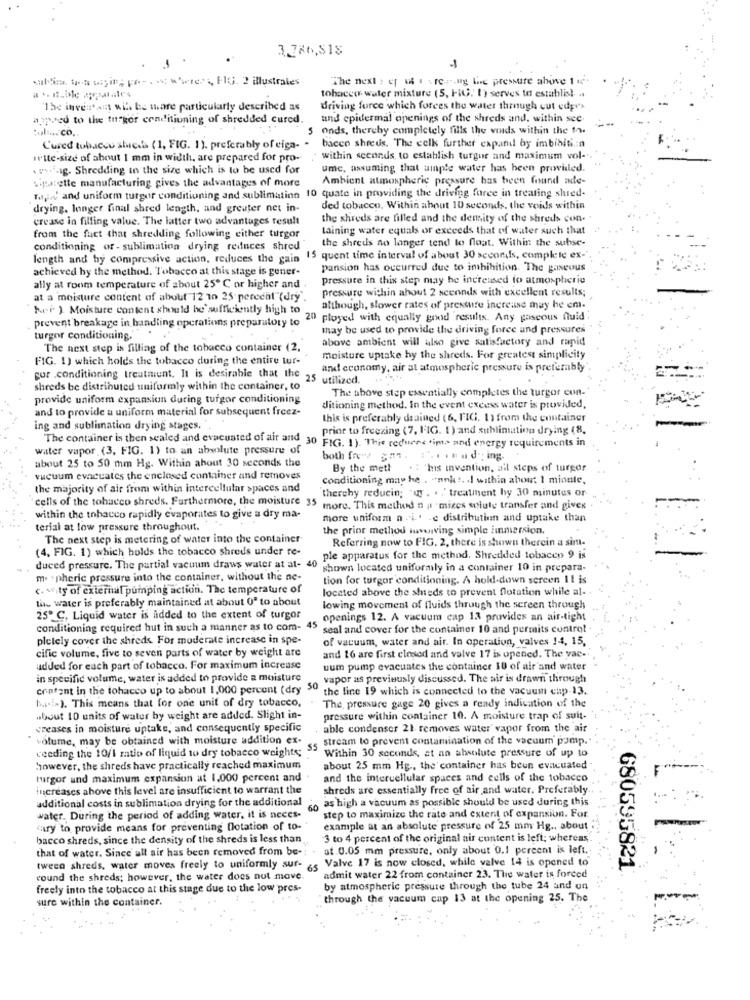
3.786,$1$
1
ultima, boa sayit; pr- .. wwte .., FIG. 2 illustrates
The next : ef uf . . rev.ng Lic pressure above 1 .
tobacco- water mixture (5, FIG. 1) serves to establish .
"The inven'an wil. be ware particularly described as
driving force which forces the water through cut edge's
ajpwed to the tufgor conditioning of shredded cured.
and epidermal openings of the shreds and, within sce
:ul .... co.
5 onds, thereby completely fills the voids within the 12.
Cured tobacco sheets ( 1, FIG. 1). preferably of eiga-
bacco shreds. The eelk further expand by imbibiti .: n
write-size of about 1 mm in width, are prepared for pro-
within seconds, to establish turgor and maximum vol-
. .. i-Ig. Shredding in the size which is to be used for
ume, assuming that sinple water has been provided.
Sipe:ette manufacturing gives the advantages of more
Ambient atmospheric pressure has been found nie-
Majd and uniform turgor conditioning and sublimation 10 quate in providing the driving force in treating shred-
drying. longer final shred length, and greater net in-
ded tobacco, Within about 10 seconds, the voids within
crease in filling value. The latter two advantages result
the shreds are filled and the demity of the shreds con-
taining water equals or exceeds that of water such that
from the fact that shredding following either turgor
the shreds no longer tend to float. Within the subse-
conditioning of - sublimation drying reduces shred
length and hy compressive action, reduces the gain 15 quent time interval of about 30 seconds, complete ex-
achieved by the method. Tobacco at this stage is gener-
pansion has occurred due to imhibition. The gaseous
pressure in this step may be increased to atmospheric
ally at room temperature of about 25 ℃ or higher and .
pressure within about 2 scennds with excellent results;
at a moisture content of about 12 10 25 perechl"(dry".
her ) Moisture content should be sufficiently high to
although, slower rates of pressure increase may be em-
prevent breakage in handling operations preparatory to 20 ployed with equally good results. Any gaseous fluid
..
may be used to provide the driving force and pressures
turgor conditioning.
above ambient will also give satisfactory and rapid
The next step is filling of the tobacco container (2,
FIG. 1) which holds the tobacco during the entire tur-
moisture uptake hy the shreds. For greatest simplicity
and economy, air at atmospheric pressure is preferably
por .conditioning treatment. It is desirable that the 25 utilized.
shreds be distributed uniformly within the container, to
The above step essentially completes the turgor con-'
provide uniform expansion during turgor conditioning
and to provide a uniform material for subsequent freez-
ditioning method. In the event excess water is provided,
this is preferably drained (6, FIG. 1) from the container
ing and sublimation drying stages ..
prior to freezing (7, FIG. 1) and sublimation drying (8,
The container is then sealed and evacuated of air and 30
water vapor (3, FIG. 1) to an absolute pressure of
30 FIG. 1). Thie reduces .im.> and energy requirements in
about 25 to 50 mm Hg. Within about 30 seconds the
both frev san. .. .. ad ing.
By the met!
.: "his invention, ail steps of turgor
vacuum evacuates the enclosed container and removes
conditioning may he . - nul t. I within about 1 minute,
the majority of air from within intercellular spaces and
thereby reducin; "« . . . treatment by 30 minutes or
cells of the tobacco shreds. Furthermore, the moisture 35
more. This method n p mizes solute transfer and gives.
=
within the tobacco rapidly evaporates to give a dry ma-
more uniform n .i.' -e distribution and uptake than
terial at low pressure throughout.
the prior method involving simple immersion.
The next step is metering of water into the container
Referring now to FIG. 2, there is shown therein a sim-
(4, FIG. 1) which holds the tobacco shreds under te-
ple apparatus for the method. Shredded tobacco 9 is
duced pressure. The partial vacuum draws water at at- 4
shown located uniformly in a container 10 in prepara-
m. ` pheric pressure into the container, without the ne-
tion for turgor conditioning. A hold-down screen 11 is
<. weity of external pumping action. The temperature of
located above the sheds to prevent flotation while al- .
the water is preferably maintained at about 0º to about
lowing movement of fluids through the screen through
25º C, Liquid water is added to the extent of turgor
openings 12. A vacuum cap 13 provides an air-tight
conditioning required hut in such a manner as to com- 4
45
seal and cover for the container 10 and permits control .
pletely cover the shreds. For moderate increase in spe-
of vacuum, water and air. In operation, valves 14, 15,
cific volume, five to seven parts of water by weight are
and 16 are first closed and valve 17 is opened. The vac-
udded for each part of tobacco. For maximum increase
uum pump evacuates the container 10 of air and water
in specific volume, water is added to provide a moisture
vapor as previously discussed. The air is drawn through
content in the tohacco up to about 1,000 percent (dry > the line 19 which is connected to the vacuum chp-13.
Ii .:- ). This means that for one unit of dry tobacco,
The pressure gage 20 gives a ready indication of the
about 10 units of water by weight are added. Slight in-
pressure within container 10. A moisture trap of suit-
creases in moisture uptake, and consequently specific
able condenser 21 removes water vapor from the air
" volume, may be obtained with moisture addition ex-
stream to prevent contamination of the vacuum pump ..
ceeding the 10/1 ratio of liquid to dry tobacco weights;
Within 30 seconds, at an absolute pressure of up to
however, the shreds have practically reached maximum
about 25 mm Hg ., the container has been evacuated
turgor and maximum expansion at 1,000 percent and
and the intercellular spaces and cells of the tobacco
increases above this level are insufficient to warrant the
shreds are essentially free of air and water. Preferably
additional costs in sublimation drying for the additional
as high a vacuum as possible should be used during this
60
water. During the period of adding water, it is neces-
step to maximize the rate and extent of expansion. For.
"try to provide means for preventing flotation of to-
example at an absolute pressure of 25 mm Hg ., about
bacco shreds, since the density of the shreds is less than
3 to 4 percent of the original air content is left; whereas
that of water. Since all air has been removed from be -:
at 0.05 mm pressure, only about 0.1 percent is left.
tweeo shreds, water moves freely to uniformly sur- < 5 Valve 17 is now closed, while valve 14 is opened to
680595821
cound the shreds; however, the water does not move.
admit water 22 from container 23. The water is forced
freely into the tobacco at this stage due to the low pres-
by atmospheric pressure through the tube 24 and on
sure within the container.
through the vacuum cap 13 at the opening 25. The